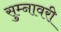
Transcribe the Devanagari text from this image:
सुम्नावरी